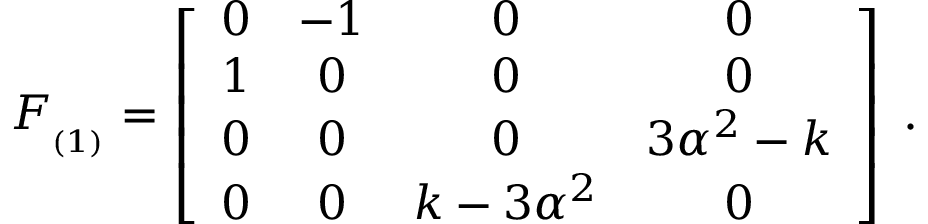
F _ { _ { ( 1 ) } } = \left[ \begin{array} { c c c c } { { 0 } } & { { - 1 } } & { { 0 } } & { { 0 } } \\ { { 1 } } & { { 0 } } & { { 0 } } & { { 0 } } \\ { { 0 } } & { { 0 } } & { { 0 } } & { { 3 \alpha ^ { 2 } - k } } \\ { { 0 } } & { { 0 } } & { { k - 3 \alpha ^ { 2 } } } & { { 0 } } \end{array} \right] \; .